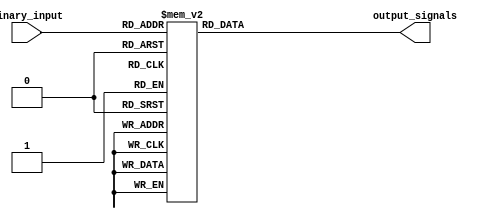
module binary_decoder (
    input [2:0] binary_input,
    output reg [7:0] output_signals
);

always @* begin
    case (binary_input)
        3'b000: output_signals = 8'b00000001;
        3'b001: output_signals = 8'b00000010;
        3'b010: output_signals = 8'b00000100;
        3'b011: output_signals = 8'b00001000;
        3'b100: output_signals = 8'b00010000;
        3'b101: output_signals = 8'b00100000;
        3'b110: output_signals = 8'b01000000;
        3'b111: output_signals = 8'b10000000;
        default: output_signals = 8'b00000000;
    endcase
end

endmodule